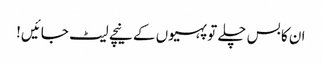
ان کا بس چلے تو پہیوں کے نیچے لیٹ جائیں!